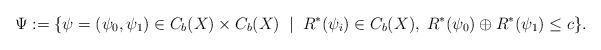
LaTeX: \begin{align*} \Psi := \{\psi = (\psi_0,\psi_1) \in C_b(X) \times C_b(X)\;\mid\; R^*(\psi_i) \in C_b(X),\; R^*(\psi_0) \oplus R^*(\psi_1) \leq c\}.\end{align*}